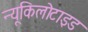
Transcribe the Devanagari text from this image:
न्यूकिलोटाइड